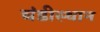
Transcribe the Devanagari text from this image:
चंडीस्‍थान